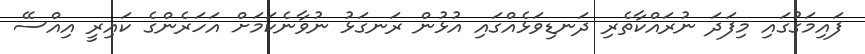
ފައިމަގުގައި މިފަދަ ނުރައްކާތެރި ދަނޑިވަޅެއްގައި އުޅުން ރަނގަޅު ނުވާނެކަމަށް އަހަރެންގެ ކައިރީ އިއްސޭ